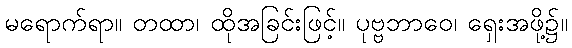
မရောက်ရာ။ တထာ၊ ထိုအခြင်းဖြင့်။ ပုဗ္ဗဘာဝေ၊ ရှေးအဖို့၌။